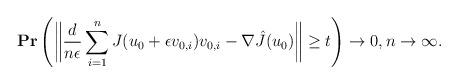
LaTeX: \begin{align*}\mathbf{Pr}\left( \bigg\|\frac{d}{n\epsilon} \sum_{i=1}^{n} J(u_0 + \epsilon v_{0,i})v_{0,i} - \nabla \hat{J}(u_0) \bigg\| \geq t \right) \rightarrow 0, n \rightarrow \infty.\end{align*}